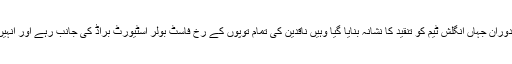
لارڈز ٹیسٹ میں شکست کے دوران جہاں انگلش ٹیم کو تنقید کا نشانہ بنایا گیا وہیں ناقدین کی تمام توپوں کے رخ فاسٹ بولر اسٹیورٹ براڈ کی جانب رہے اور انہیں سخت تنقید کا سامنا کرنا پڑا۔